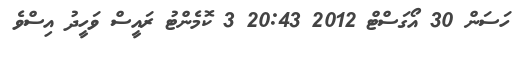
ހަސަން 30 އޯގަސްޓް 2012 20:43 3 ކޮމެންޓު ރައީސް ވަހީދު އިސްވެ